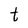
Character: t